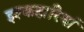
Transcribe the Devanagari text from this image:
इश्कदारियां